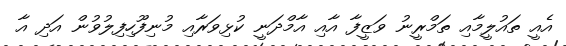
އެއީ ތައުލީމާއި ތަމްރީނު ވަޒީފާ އާއި އާމްދަނީ ކުޅިވަރާއި މުނިފޫހިފިލުވުން އަދި އާ